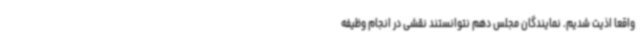
واقعا اذیت شدیم. نمایندگان مجلس دهم نتوانستند نقشی در انجام وظیفه